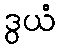
ဒွယံ